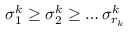
\sigma _ { 1 } ^ { k } \ge \sigma _ { 2 } ^ { k } \ge \dots \sigma _ { r _ { k } } ^ { k }